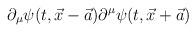
LaTeX: \begin{align*}\partial_{\mu}\psi(t,\vec{x}-\vec{a}) \partial^{\mu}\psi(t,\vec{x}+\vec{a})\end{align*}